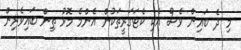
މި ދެ ބައިން ވެސް އެކި ކެޓަގަރީތަކުން އެންމެ މޮޅު ތިން ބައިވެރިން